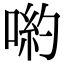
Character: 喲